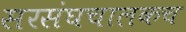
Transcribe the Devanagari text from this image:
सरसंघचालकच